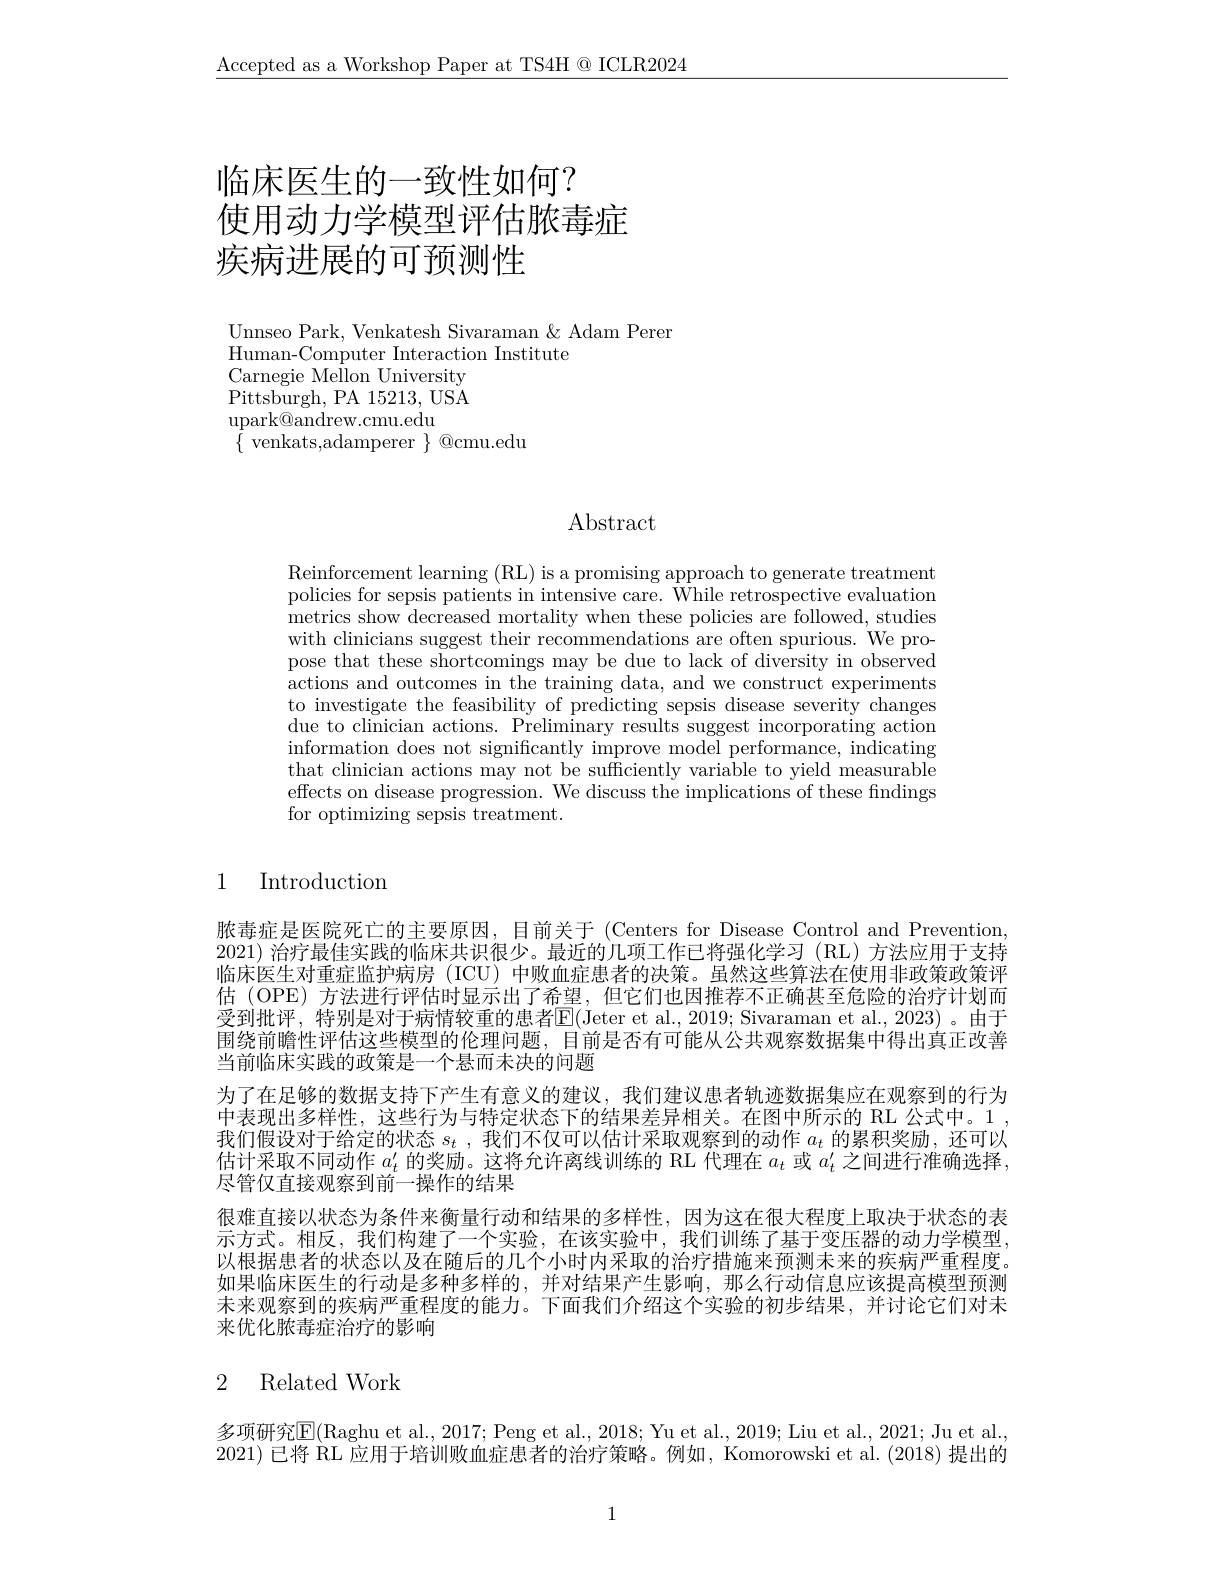
$\underline{\text{Accepted as a Workshop Paper at TS4H @ ICLR2024}}$

# 临床医生的一致性如何？ 使用动力学模型评估脓毒症疾病进展的可预测性

Unnseo Park, Venkatesh Sivaraman & Adam Perer
Human-Computer Interaction Institute
Carnegie Mellon University Pittsburgh, PA 15213, USA upark@ andrew. cmu. edu
$\{$ venkats,adamperer $\}$ @cmu.edu

Abstract

Reinforcement learning (RL) is a promising approach to generate treatment policies for sepsis patients in intensive care. While retrospective evaluation metrics show decreased mortality when these policies are followed, studies with clinicians suggest their recommendations are often spurious. We propose that these shortcomings may be due to lack of diversity in observed actions and outcomes in the training data, and we construct experiments to investigate the feasibility of predicting sepsis disease severity changes due to clinician actions. Preliminary results suggest incorporating action information does not significantly improve model performance, indicating that clinician actions may not be sufficiently variable to yield measurable effects on disease progression. We discuss the implications of these findings for optimizing sepsis treatment.

1

Introduction

脓毒症是医院死亡的主要原因，目前关于 (Centers for Disease Control and Prevention, 2021)治疗最佳实践的临床共识很少。最近的几项工作已将强化学习(RL)方法应用于支持临床医生对重症监护病房 (ICU) 中败血症患者的决策。虽然这些算法在使用非政策政策评估 (OPE) 方法进行评估时显示出了希望，但它们也因推荐不正确甚至危险的治疗计划而受到批评，特别是对于病情较重的患者$\overline{\mathrm{E}}($Jeter et al.,2019; Sivaraman et al.,2023)。由于围绕前瞻性评估这些模型的伦理问题，目前是否有可能从公共观察数据集中得出真正改善当前临床实践的政策是一个悬而未决的问题
为了在足够的数据支持下产生有意义的建议，我们建议患者轨迹数据集应在观察到的行为中表现出多样性，这些行为与特定状态下的结果差异相关。在图中所示的 RL 公式中。1 , 我们假设对于给定的状态$s_t$ ,我们不仅可以估计采取观察到的动作$a_t$的累积奖励，还可以估计采取不同动作$a_t^{\prime}$的奖励。这将允许离线训练的 RL 代理在$a_t$或$a_t^\prime$之间进行准确选择， 尽管仅直接观察到前一操作的结果
很难直接以状态为条件来衡量行动和结果的多样性，因为这在很大程度上取决于状态的表示方式。相反，我们构建了一个实验，在该实验中，我们训练了基于变压器的动力学模型， 以根据患者的状态以及在随后的几个小时内采取的治疗措施来预测未来的疾病严重程度。如果临床医生的行动是多种多样的，并对结果产生影响，那么行动信息应该提高模型预测未来观察到的疾病严重程度的能力。下面我们介绍这个实验的初步结果，并讨论它们对未来优化脓毒症治疗的影响

## 2 Related Work

多项研究$\overline{\mathrm{E}}($Raghu et al., 2017; Peng et al., 2018; Yu et al., 2019; Liu et al., 2021; Ju et al. 2021)已将 RL 应用于培训败血症患者的治疗策略。例如，Komorowski et al. (2018) 提出的

1